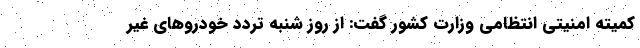
کمیته امنیتی انتظامی وزارت کشور گفت: از روز شنبه تردد خودروهای غیر